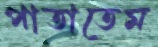
পাতাতেম